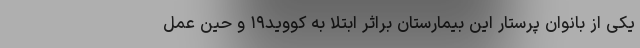
یکی از بانوان پرستار این بیمارستان براثر ابتلا به کووید۱۹ و حین عمل